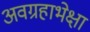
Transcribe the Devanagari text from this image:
अवग्रहाभेक्षा